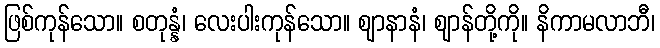
ဖြစ်ကုန်သော။ စတုန္နံ၊ လေးပါးကုန်သော။ ဈာနာနံ၊ ဈာန်တို့ကို။ နိကာမလာဘီ၊